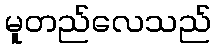
မူတည်လေသည်